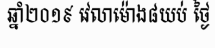
ឆ្នាំ២០១៩ វេលាម៉ោង៨យប់ ថ្ងៃ